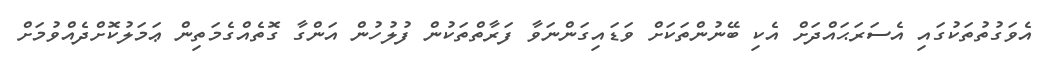
އެވަގުތުތަކުގައި އެސަރަޙައްދަށް އެކި ބޭނުންތަކަށް ވަޑައިގަންނަވާ ފަރާތްތަކުން ފުލުހުން އަންގާ ގޮތެއްގެމަތިން ޢަމަލުކޮށްދެއްވުމަށް